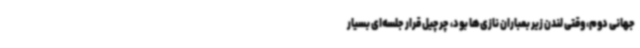
جهانی دوم، وقتی لندن زیر بمباران نازی‌ها بود، چرچیل قرار جلسه‌ای بسیار